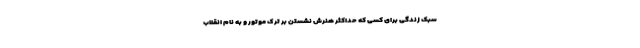
سبک زندگی برای کسی که حداکثر هنرش نشستن بر ترک موتور و به نام انقلاب